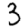
Digit: 3